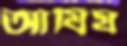
আযিয